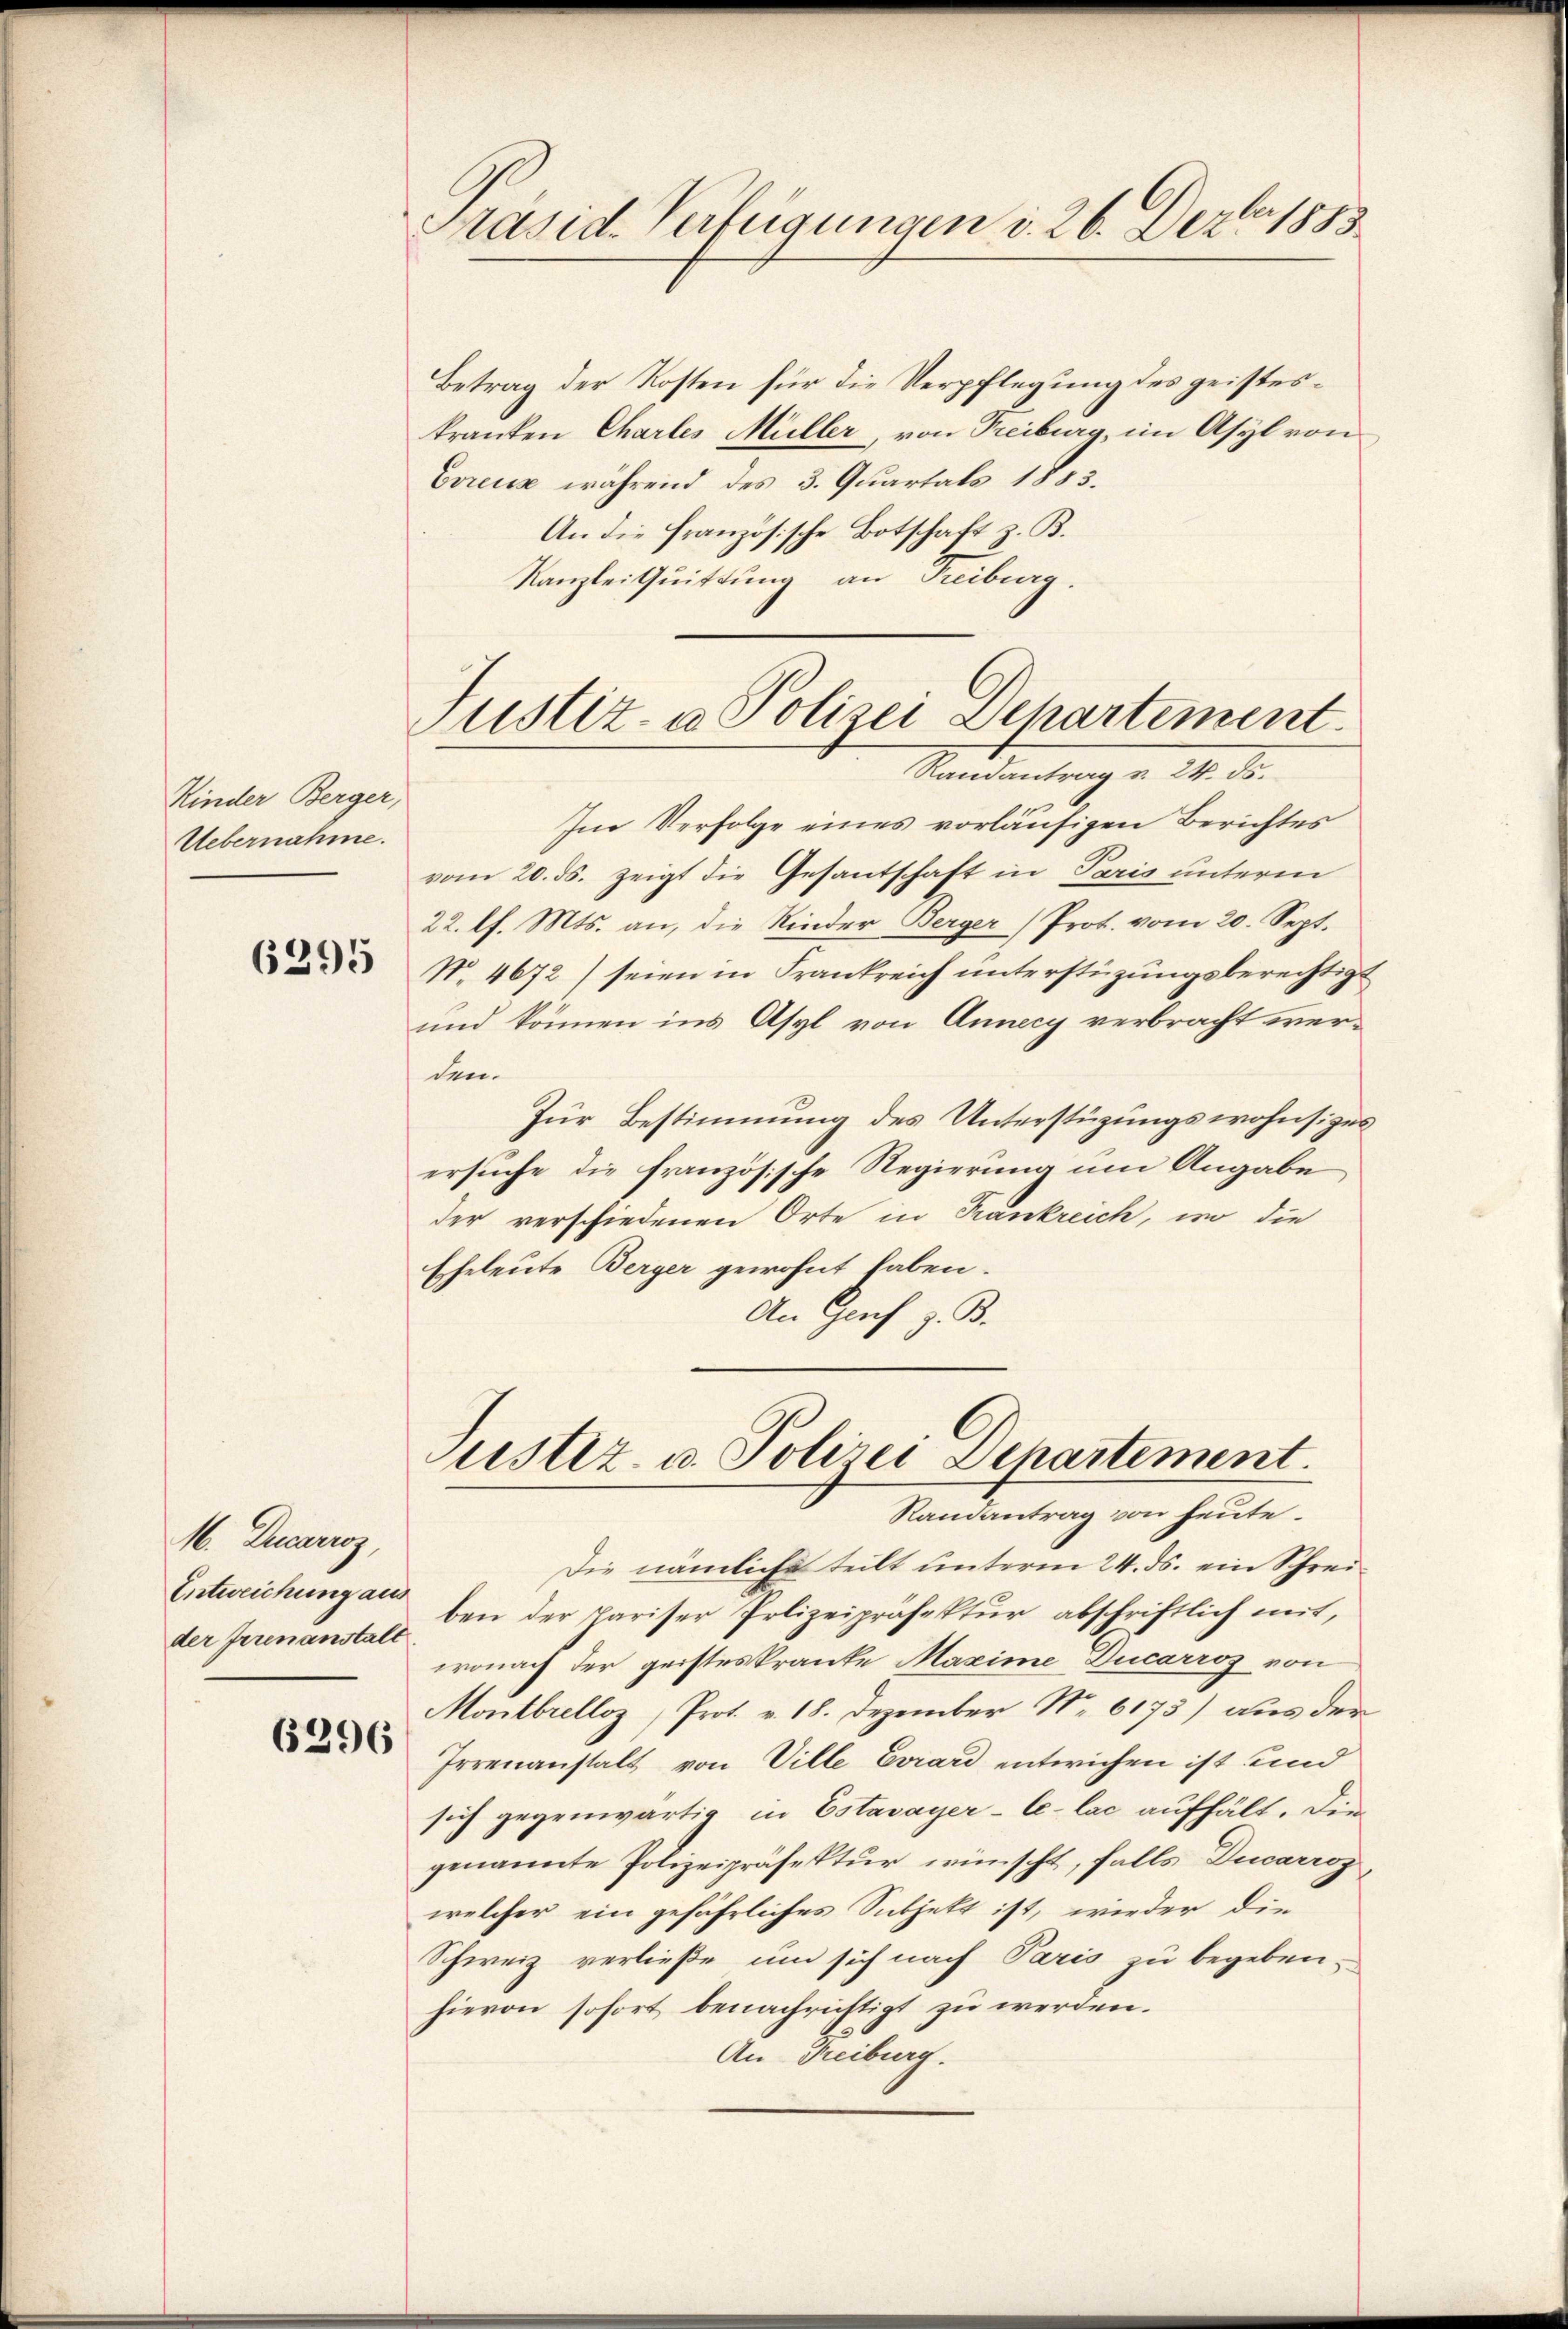
Kinder Berger,
Uebernahme.

6295

M. Drecarios,
Entweichung aus
der Irrenanstalt

6296

Pasid. Verfügungen d. 26. Dezbr. 1883

Justiz- u Polizei Departement.
Randantrag v. 24. ds.

Betrag der Kosten für die Verpflegung des geisteskranken Chartes Müller, von Freiburg, im Asyl von
Evreuz während des 3. Quartals 1883.
An die Französische Botschaft z. B.
Kanzlei Quittung an Freiburg.
Im Verfolge eines vorläufigen Berichtes
vom 20. ds. zeigt die Gesantschaft in Paris unterm
22. l. Mts. an, die Kinder Berger Prot. vom 20. Sept.
N. 4672) seien in Frankreich unterstüzungsberechtigt
und können ins Asyl von Annay verbracht werden.
Zur Bestimmung des Unterstüzungswohnsizerersuche die französische Regierung um Angabe
der verschiedenen Orte in Krankreich, in die
Eheleute Berger gewohnt haben.
An Genf z. B.

Justiz- u. Polizei Dehartement.
Randantrag von heute.

Die nämliche teilt unterm 24. ds. ein Schreiben der pariser Polizeipräfektur abschriftlich mit,
wonach der geisteskranke Maxime Ducarroz von
Montbrelloz, Prot. v. 18. Dezember No 6173) aus der
Irrenanstalt von Ville Evrard entwichen ist und
sich gegenwärtig in Estavayer-Ce-lac aufhält. Die
genannte Polizeipräsektur wünscht, falls Ducarroz
welcher ein gefährliches Subjekt ist, wieder die
Schweiz verließe um sich nach Paris zu begeben-
hievon sofort benachrichtigt zu werden.
An Freiburg.